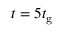
t = 5 t _ { \mathrm { g } }